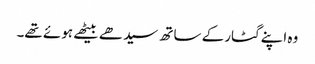
وہ اپنے گٹار کے ساتھ سیدھے بیٹھے ہوئے تھے۔